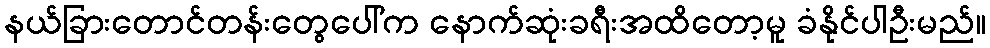
နယ်ခြားတောင်တန်းတွေပေါ်က နောက်ဆုံးခရီးအထိတော့မူ ခံနိုင်ပါဦးမည်။